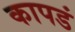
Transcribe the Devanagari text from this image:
कापडं